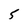
Character: 5